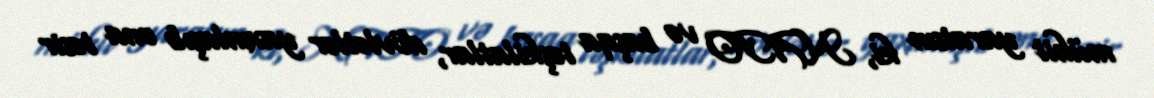
mühit yaratsın ki, NATO və başqa təşkilatlar, dövlətlər yaxınlaşıb ona təsir